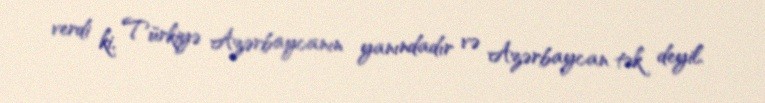
verdi ki, Türkiyə Azərbaycanın yanındadır və Azərbaycan tək deyil.